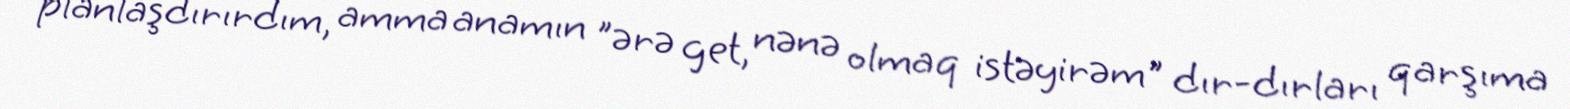
planlaşdırırdım, amma anamın "ərə get, nənə olmaq istəyirəm" dır-dırları qarşıma